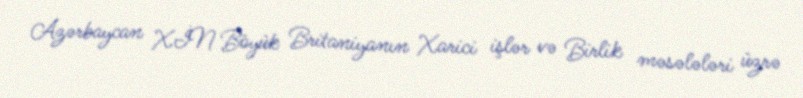
Azərbaycan XİN Böyük Britaniyanın Xarici işlər və Birlik məsələləri üzrə